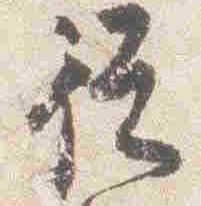
従